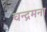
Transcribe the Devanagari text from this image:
चन्द्रमना